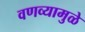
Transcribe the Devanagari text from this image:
वणव्यामुळे